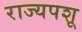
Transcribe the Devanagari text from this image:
राज्यपशू